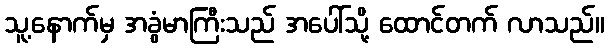
သူ့နောက်မှ အခွံမာကြီးသည် အပေါ်သို့ ထောင်တက် လာသည်။